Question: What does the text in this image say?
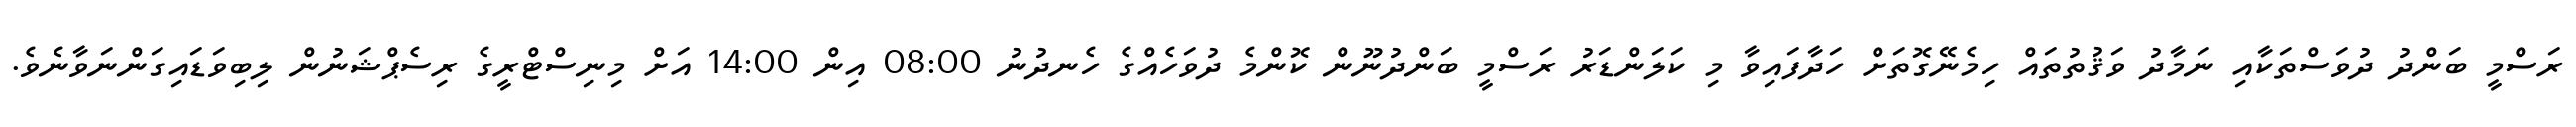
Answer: ރަސްމީ ބަންދު ދުވަސްތަކާއި ނަމާދު ވަޤުތުތައް ހިމެނޭގޮތަށް ހަދާފައިވާ މި ކަލަންޑަރު ރަސްމީ ބަންދުނޫން ކޮންމެ ދުވަހެއްގެ ހެނދުނު 08:00 އިން 14:00 އަށް މިނިސްޓްރީގެ ރިސެޕްޝަނުން ލިބިވަޑައިގަންނަވާނެވެ.